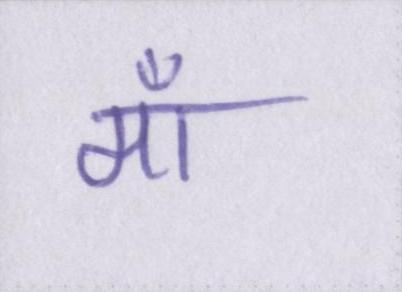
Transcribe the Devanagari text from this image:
माँ